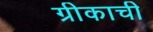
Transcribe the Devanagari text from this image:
ग्रीकाची